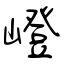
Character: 嶝